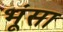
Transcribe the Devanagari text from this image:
भूंसा